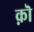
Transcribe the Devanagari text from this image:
क़ॊ